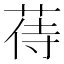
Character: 𦱎